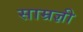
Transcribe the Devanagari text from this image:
साम्रज्ञी